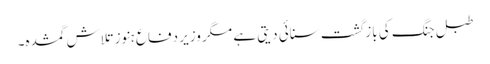
طبل جنگ کی بازگشت سنائی دیتی ہے مگر وزیر دفاع ہنوز تلاش گمشدہ۔